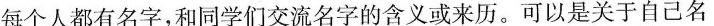
每个人都有名字，和同学们交流名字的含义或来历。可以是关于自己名